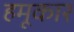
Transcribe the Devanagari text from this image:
हमूकार